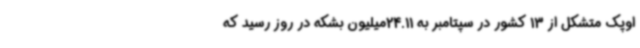
اوپک متشکل از 13 کشور در سپتامبر به 24.11میلیون بشکه در روز رسید که